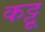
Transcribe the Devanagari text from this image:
कट्टू